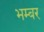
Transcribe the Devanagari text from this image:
भम्बर